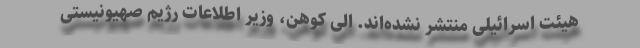
هیئت اسرائیلی منتشر نشده‌اند. الی کوهن، وزیر اطلاعات رژیم صهیونیستی